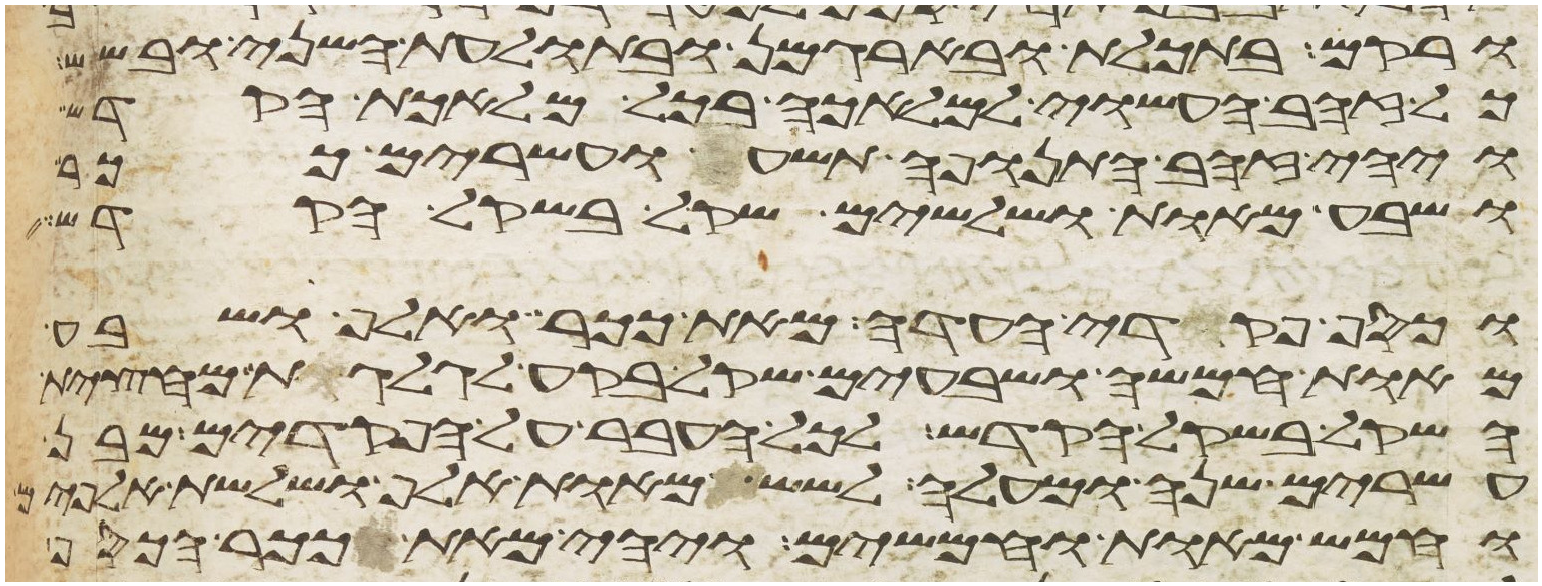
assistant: ורקם בתכלת ובארגמן ובתולעת השני ובשש
כל זהב העשוי למלאכה בכל מלאכת הקדש
ויהי זהב התנופה תשע ועשרים ככר
ושבע מאות ושלשים שקל בשקל הקדש
וכסף פקדי העדה מאת ככר ואלף ושבע
מאות חמשה ושבעים שקל בקע לגלגלת מחצית
השקל בשקל הקדש לכל העבר על הפקדים מבן
עשרים שנה ומעלה לשש מאות אלף ושלשת אלפים
וחמש מאות וחמשים ויהי מאת ככר הכסף